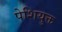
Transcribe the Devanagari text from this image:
पेशियुक्त